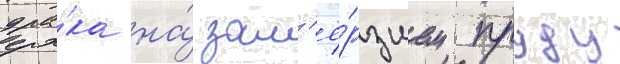
дра́ка на́ зам'ё́рзшем пруду